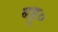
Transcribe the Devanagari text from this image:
बहु०